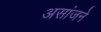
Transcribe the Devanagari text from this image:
असांजने